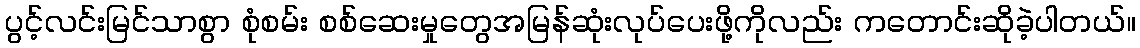
ပွင့်လင်းမြင်သာစွာ စုံစမ်း စစ်ဆေးမှုတွေအမြန်ဆုံးလုပ်ပေးဖို့ကိုလည်း ကတောင်းဆိုခဲ့ပါတယ်။